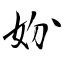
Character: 妢